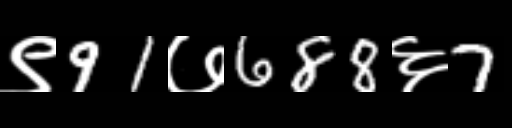
Text: ९91७688६7